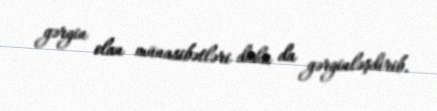
gərgin olan münasibətləri daha da gərginləşdirib.